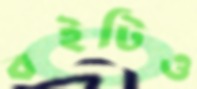
বইটিও